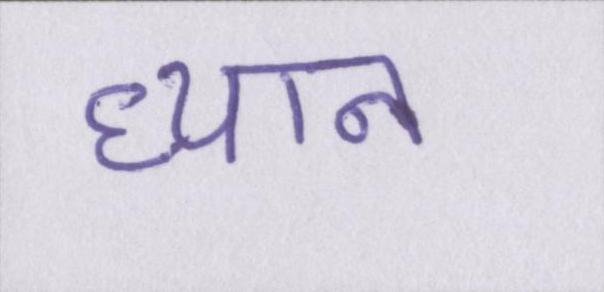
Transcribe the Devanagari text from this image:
ध्यान